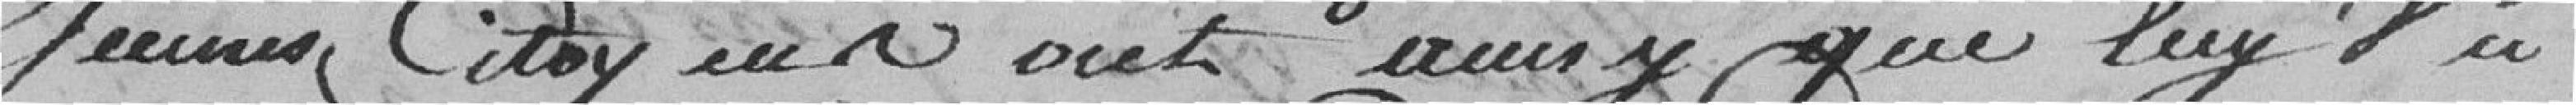
jeunes citoyens ont ainsi que lui vu